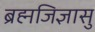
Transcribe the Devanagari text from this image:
ब्रह्मजिज्ञासु